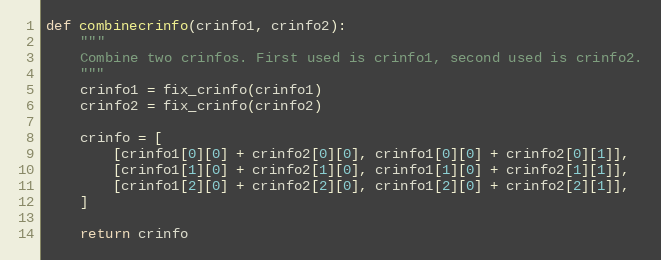
Language: Python
def combinecrinfo(crinfo1, crinfo2):
    """
    Combine two crinfos. First used is crinfo1, second used is crinfo2.
    """
    crinfo1 = fix_crinfo(crinfo1)
    crinfo2 = fix_crinfo(crinfo2)

    crinfo = [
        [crinfo1[0][0] + crinfo2[0][0], crinfo1[0][0] + crinfo2[0][1]],
        [crinfo1[1][0] + crinfo2[1][0], crinfo1[1][0] + crinfo2[1][1]],
        [crinfo1[2][0] + crinfo2[2][0], crinfo1[2][0] + crinfo2[2][1]],
    ]

    return crinfo